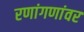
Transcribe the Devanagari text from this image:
रणांगणांवर